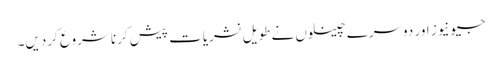
جیونیوز اور دوسرے چینلوں نے طویل نشریات پیش کرنا شروع کردیں۔